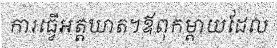
ការធ្វើអត្តឃាត។ឪពុកម្តាយដែល